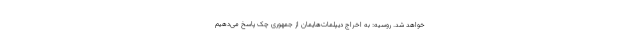
خواهد شد. روسیه: به اخراج دیپلمات‌هایمان از جمهوری چک پاسخ می‌دهیم